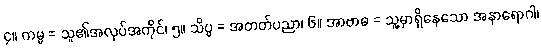
၄။ ကမ္မ = သူ၏အလုပ်အကိုင်၊ ၅။ သိပ္ပ = အတတ်ပညာ၊ ၆။ အာဗာဓ = သူ့မှာရှိနေသော အနာရောဂါ၊